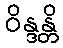
ဝိန္ဒန္တိ